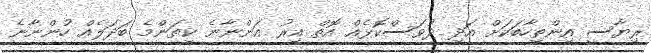
ރިޔާސީ އިންތިހާބަކަށް އަދި ދުވަސްކޮޅެއް އޮތް އިރު އަންނާނެ ކިތަންމެ ބަދަލެއް ހުންނާނެ